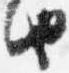
由